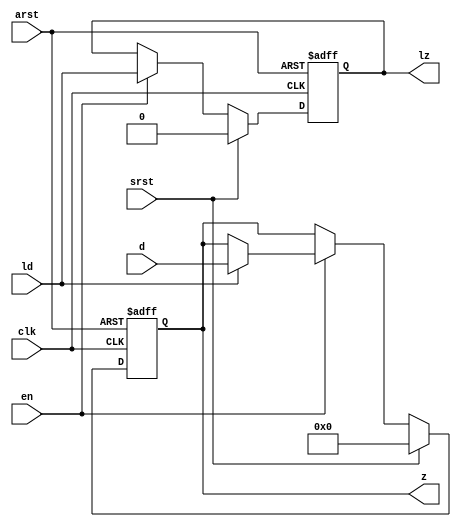
//------------------------------------------------------------------

module mgc_out_reg_pos (clk, en, arst, srst, ld, d, lz, z);

    parameter integer rscid   = 1;
    parameter integer width   = 8;
    parameter         ph_en   =  1'b1;
    parameter         ph_arst =  1'b1;
    parameter         ph_srst =  1'b1;

    input              clk;
    input              en;
    input              arst;
    input              srst;
    input              ld;
    input  [width-1:0] d;
    output             lz;
    output [width-1:0] z;

    reg                lz;
    reg    [width-1:0] z;

    generate
    if (ph_arst == 1'b0)
    begin: NEG_ARST
        always @(posedge clk or negedge arst)
        if (arst == 1'b0)
        begin: B1
            lz <= 1'b0;
            z  <= {width{1'b0}};
        end
        else if (srst == ph_srst)
        begin: B2
            lz <= 1'b0;
            z  <= {width{1'b0}};
        end
        else if (en == ph_en)
        begin: B3
            lz <= ld;
            z  <= (ld) ? d : z;
        end
    end
    else
    begin: POS_ARST
        always @(posedge clk or posedge arst)
        if (arst == 1'b1)
        begin: B1
            lz <= 1'b0;
            z  <= {width{1'b0}};
        end
        else if (srst == ph_srst)
        begin: B2
            lz <= 1'b0;
            z  <= {width{1'b0}};
        end
        else if (en == ph_en)
        begin: B3
            lz <= ld;
            z  <= (ld) ? d : z;
        end
    end
    endgenerate

endmodule

//------------------------------------------------------------------

module mgc_out_reg_neg (clk, en, arst, srst, ld, d, lz, z);

    parameter integer rscid   = 1;
    parameter integer width   = 8;
    parameter         ph_en   =  1'b1;
    parameter         ph_arst =  1'b1;
    parameter         ph_srst =  1'b1;

    input              clk;
    input              en;
    input              arst;
    input              srst;
    input              ld;
    input  [width-1:0] d;
    output             lz;
    output [width-1:0] z;

    reg                lz;
    reg    [width-1:0] z;

    generate
    if (ph_arst == 1'b0)
    begin: NEG_ARST
        always @(negedge clk or negedge arst)
        if (arst == 1'b0)
        begin: B1
            lz <= 1'b0;
            z  <= {width{1'b0}};
        end
        else if (srst == ph_srst)
        begin: B2
            lz <= 1'b0;
            z  <= {width{1'b0}};
        end
        else if (en == ph_en)
        begin: B3
            lz <= ld;
            z  <= (ld) ? d : z;
        end
    end
    else
    begin: POS_ARST
        always @(negedge clk or posedge arst)
        if (arst == 1'b1)
        begin: B1
            lz <= 1'b0;
            z  <= {width{1'b0}};
        end
        else if (srst == ph_srst)
        begin: B2
            lz <= 1'b0;
            z  <= {width{1'b0}};
        end
        else if (en == ph_en)
        begin: B3
            lz <= ld;
            z  <= (ld) ? d : z;
        end
    end
    endgenerate

endmodule

//------------------------------------------------------------------

module mgc_out_reg (clk, en, arst, srst, ld, d, lz, z); // Not Supported

    parameter integer rscid   = 1;
    parameter integer width   = 8;
    parameter         ph_clk  =  1'b1;
    parameter         ph_en   =  1'b1;
    parameter         ph_arst =  1'b1;
    parameter         ph_srst =  1'b1;

    input              clk;
    input              en;
    input              arst;
    input              srst;
    input              ld;
    input  [width-1:0] d;
    output             lz;
    output [width-1:0] z;


    generate
    if (ph_clk == 1'b0)
    begin: NEG_EDGE

        mgc_out_reg_neg
        #(
            .rscid   (rscid),
            .width   (width),
            .ph_en   (ph_en),
            .ph_arst (ph_arst),
            .ph_srst (ph_srst)
        )
        mgc_out_reg_neg_inst
        (
            .clk     (clk),
            .en      (en),
            .arst    (arst),
            .srst    (srst),
            .ld      (ld),
            .d       (d),
            .lz      (lz),
            .z       (z)
        );

    end
    else
    begin: POS_EDGE

        mgc_out_reg_pos
        #(
            .rscid   (rscid),
            .width   (width),
            .ph_en   (ph_en),
            .ph_arst (ph_arst),
            .ph_srst (ph_srst)
        )
        mgc_out_reg_pos_inst
        (
            .clk     (clk),
            .en      (en),
            .arst    (arst),
            .srst    (srst),
            .ld      (ld),
            .d       (d),
            .lz      (lz),
            .z       (z)
        );

    end
    endgenerate

endmodule




//------------------------------------------------------------------

module mgc_out_buf_wait (clk, en, arst, srst, ld, vd, d, vz, lz, z); // Not supported

    parameter integer rscid   = 1;
    parameter integer width   = 8;
    parameter         ph_clk  =  1'b1;
    parameter         ph_en   =  1'b1;
    parameter         ph_arst =  1'b1;
    parameter         ph_srst =  1'b1;

    input              clk;
    input              en;
    input              arst;
    input              srst;
    input              ld;
    output             vd;
    input  [width-1:0] d;
    output             lz;
    input              vz;
    output [width-1:0] z;

    wire               filled;
    wire               filled_next;
    wire   [width-1:0] abuf;
    wire               lbuf;


    assign filled_next = (filled & (~vz)) | (filled & ld) | (ld & (~vz));

    assign lbuf = ld & ~(filled ^ vz);

    assign vd = vz | ~filled;

    assign lz = ld | filled;

    assign z = (filled) ? abuf : d;

    wire dummy;
    wire dummy_bufreg_lz;

    // Output registers:
    mgc_out_reg
    #(
        .rscid   (rscid),
        .width   (1'b1),
        .ph_clk  (ph_clk),
        .ph_en   (ph_en),
        .ph_arst (ph_arst),
        .ph_srst (ph_srst)
    )
    STATREG
    (
        .clk     (clk),
        .en      (en),
        .arst    (arst),
        .srst    (srst),
        .ld      (filled_next),
        .d       (1'b0),       // input d is unused
        .lz      (filled),
        .z       (dummy)            // output z is unused
    );

    mgc_out_reg
    #(
        .rscid   (rscid),
        .width   (width),
        .ph_clk  (ph_clk),
        .ph_en   (ph_en),
        .ph_arst (ph_arst),
        .ph_srst (ph_srst)
    )
    BUFREG
    (
        .clk     (clk),
        .en      (en),
        .arst    (arst),
        .srst    (srst),
        .ld      (lbuf),
        .d       (d),
        .lz      (dummy_bufreg_lz),
        .z       (abuf)
    );

endmodule

//------------------------------------------------------------------

module mgc_out_fifo_wait (clk, en, arst, srst, ld, vd, d, lz, vz,  z);

    parameter integer rscid   = 0; // resource ID
    parameter integer width   = 8; // fifo width
    parameter integer fifo_sz = 8; // fifo depth
    parameter         ph_clk  = 1'b1; // clock polarity 1=rising edge, 0=falling edge
    parameter         ph_en   = 1'b1; // clock enable polarity
    parameter         ph_arst = 1'b1; // async reset polarity
    parameter         ph_srst = 1'b1; // sync reset polarity
    parameter integer ph_log2 = 3; // log2(fifo_sz)
    parameter integer pwropt  = 0; // pwropt


    input                 clk;
    input                 en;
    input                 arst;
    input                 srst;
    input                 ld;    // load data
    output                vd;    // fifo full active low
    input     [width-1:0] d;
    output                lz;    // fifo ready to send
    input                 vz;    // dest ready for data
    output    [width-1:0] z;

    wire    [31:0]      size;


      // Output registers:
 mgc_out_fifo_wait_core#(
        .rscid   (rscid),
        .width   (width),
        .sz_width (32),
        .fifo_sz (fifo_sz),
        .ph_clk  (ph_clk),
        .ph_en   (ph_en),
        .ph_arst (ph_arst),
        .ph_srst (ph_srst),
        .ph_log2 (ph_log2),
        .pwropt  (pwropt)
        ) CORE (
        .clk (clk),
        .en (en),
        .arst (arst),
        .srst (srst),
        .ld (ld),
        .vd (vd),
        .d (d),
        .lz (lz),
        .vz (vz),
        .z (z),
        .size (size)
        );

endmodule



module mgc_out_fifo_wait_core (clk, en, arst, srst, ld, vd, d, lz, vz,  z, size);

    parameter integer rscid   = 0; // resource ID
    parameter integer width   = 8; // fifo width
    parameter integer sz_width = 8; // size of port for elements in fifo
    parameter integer fifo_sz = 8; // fifo depth
    parameter         ph_clk  =  1'b1; // clock polarity 1=rising edge, 0=falling edge
    parameter         ph_en   =  1'b1; // clock enable polarity
    parameter         ph_arst =  1'b1; // async reset polarity
    parameter         ph_srst =  1'b1; // sync reset polarity
    parameter integer ph_log2 = 3; // log2(fifo_sz)
    parameter integer pwropt  = 0; // pwropt

   localparam integer  fifo_b = width * fifo_sz;

    input                 clk;
    input                 en;
    input                 arst;
    input                 srst;
    input                 ld;    // load data
    output                vd;    // fifo full active low
    input     [width-1:0] d;
    output                lz;    // fifo ready to send
    input                 vz;    // dest ready for data
    output    [width-1:0] z;
    output    [sz_width-1:0]      size;

    reg      [( (fifo_sz > 0) ? fifo_sz : 1)-1:0] stat_pre;
    wire     [( (fifo_sz > 0) ? fifo_sz : 1)-1:0] stat;
    reg      [( (fifo_b > 0) ? fifo_b : 1)-1:0] buff_pre;
    wire     [( (fifo_b > 0) ? fifo_b : 1)-1:0] buff;
    reg      [( (fifo_sz > 0) ? fifo_sz : 1)-1:0] en_l;
    reg      [(((fifo_sz > 0) ? fifo_sz : 1)-1)/8:0] en_l_s;

    reg       [width-1:0] buff_nxt;

    reg                   stat_nxt;
    reg                   stat_before;
    reg                   stat_after;
    reg                   en_l_var;

    integer               i;
    genvar                eni;

    wire [32:0]           size_t;
    reg [31:0]            count;
    reg [31:0]            count_t;
    reg [32:0]            n_elem;
// pragma translate_off
    reg [31:0]            peak;
// pragma translate_on

    wire [( (fifo_sz > 0) ? fifo_sz : 1)-1:0] dummy_statreg_lz;
    wire [( (fifo_b > 0) ? fifo_b : 1)-1:0] dummy_bufreg_lz;

    generate
    if ( fifo_sz > 0 )
    begin: FIFO_REG
      assign vd = vz | ~stat[0];
      assign lz = ld | stat[fifo_sz-1];
      assign size_t = (count - (vz && stat[fifo_sz-1])) + ld;
      assign size = size_t[sz_width-1:0];
      assign z = (stat[fifo_sz-1]) ? buff[fifo_b-1:width*(fifo_sz-1)] : d;

      always @(*)
      begin: FIFOPROC
        n_elem = 33'b0;
        for (i = fifo_sz-1; i >= 0; i = i - 1)
        begin
          if (i != 0)
            stat_before = stat[i-1];
          else
            stat_before = 1'b0;

          if (i != (fifo_sz-1))
            stat_after = stat[i+1];
          else
            stat_after = 1'b1;

          stat_nxt = stat_after &
                    (stat_before | (stat[i] & (~vz)) | (stat[i] & ld) | (ld & (~vz)));

          stat_pre[i] = stat_nxt;
          en_l_var = 1'b1;
          if (!stat_nxt)
            begin
              buff_nxt = {width{1'b0}};
              en_l_var = 1'b0;
            end
          else if (vz && stat_before)
            buff_nxt[0+:width] = buff[width*(i-1)+:width];
          else if (ld && !((vz && stat_before) || ((!vz) && stat[i])))
            buff_nxt = d;
          else
            begin
              if (pwropt == 0)
                buff_nxt[0+:width] = buff[width*i+:width];
              else
                buff_nxt = {width{1'b0}};
              en_l_var = 1'b0;
            end

          if (ph_en != 0)
            en_l[i] = en & en_l_var;
          else
            en_l[i] = en | ~en_l_var;

          buff_pre[width*i+:width] = buff_nxt[0+:width];

          if ((stat_after == 1'b1) && (stat[i] == 1'b0))
            n_elem = ($unsigned(fifo_sz) - 1) - i;
        end

        if (ph_en != 0)
          en_l_s[(((fifo_sz > 0) ? fifo_sz : 1)-1)/8] = 1'b1;
        else
          en_l_s[(((fifo_sz > 0) ? fifo_sz : 1)-1)/8] = 1'b0;

        for (i = fifo_sz-1; i >= 7; i = i - 1)
        begin
          if ((i%'d2) == 0)
          begin
            if (ph_en != 0)
              en_l_s[(i/8)-1] = en & (stat[i]|stat_pre[i-1]);
            else
              en_l_s[(i/8)-1] = en | ~(stat[i]|stat_pre[i-1]);
          end
        end

        if ( stat[fifo_sz-1] == 1'b0 )
          count_t = 32'b0;
        else if ( stat[0] == 1'b1 )
          count_t = { {(32-ph_log2){1'b0}}, fifo_sz};
        else
          count_t = n_elem[31:0];
        count = count_t;
// pragma translate_off
        if ( peak < count )
          peak = count;
// pragma translate_on
      end

      if (pwropt == 0)
      begin: NOCGFIFO
        // Output registers:
        mgc_out_reg
        #(
            .rscid   (rscid),
            .width   (fifo_sz),
            .ph_clk  (ph_clk),
            .ph_en   (ph_en),
            .ph_arst (ph_arst),
            .ph_srst (ph_srst)
        )
        STATREG
        (
            .clk     (clk),
            .en      (en),
            .arst    (arst),
            .srst    (srst),
            .ld      (1'b1),
            .d       (stat_pre),
            .lz      (dummy_statreg_lz[0]),
            .z       (stat)
        );
        mgc_out_reg
        #(
            .rscid   (rscid),
            .width   (fifo_b),
            .ph_clk  (ph_clk),
            .ph_en   (ph_en),
            .ph_arst (ph_arst),
            .ph_srst (ph_srst)
        )
        BUFREG
        (
            .clk     (clk),
            .en      (en),
            .arst    (arst),
            .srst    (srst),
            .ld      (1'b1),
            .d       (buff_pre),
            .lz      (dummy_bufreg_lz[0]),
            .z       (buff)
        );
      end
      else
      begin: CGFIFO
        // Output registers:
        if ( pwropt > 1)
        begin: CGSTATFIFO2
          for (eni = fifo_sz-1; eni >= 0; eni = eni - 1)
          begin: pwroptGEN1
            mgc_out_reg
            #(
              .rscid   (rscid),
              .width   (1),
              .ph_clk  (ph_clk),
              .ph_en   (ph_en),
              .ph_arst (ph_arst),
              .ph_srst (ph_srst)
            )
            STATREG
            (
              .clk     (clk),
              .en      (en_l_s[eni/8]),
              .arst    (arst),
              .srst    (srst),
              .ld      (1'b1),
              .d       (stat_pre[eni]),
              .lz      (dummy_statreg_lz[eni]),
              .z       (stat[eni])
            );
          end
        end
        else
        begin: CGSTATFIFO
          mgc_out_reg
          #(
            .rscid   (rscid),
            .width   (fifo_sz),
            .ph_clk  (ph_clk),
            .ph_en   (ph_en),
            .ph_arst (ph_arst),
            .ph_srst (ph_srst)
          )
          STATREG
          (
            .clk     (clk),
            .en      (en),
            .arst    (arst),
            .srst    (srst),
            .ld      (1'b1),
            .d       (stat_pre),
            .lz      (dummy_statreg_lz[0]),
            .z       (stat)
          );
        end
        for (eni = fifo_sz-1; eni >= 0; eni = eni - 1)
        begin: pwroptGEN2
          mgc_out_reg
          #(
            .rscid   (rscid),
            .width   (width),
            .ph_clk  (ph_clk),
            .ph_en   (ph_en),
            .ph_arst (ph_arst),
            .ph_srst (ph_srst)
          )
          BUFREG
          (
            .clk     (clk),
            .en      (en_l[eni]),
            .arst    (arst),
            .srst    (srst),
            .ld      (1'b1),
            .d       (buff_pre[width*eni+:width]),
            .lz      (dummy_bufreg_lz[eni]),
            .z       (buff[width*eni+:width])
          );
        end
      end
    end
    else
    begin: FEED_THRU
      assign vd = vz;
      assign lz = ld;
      assign z = d;
      assign size = ld && !vz;
    end
    endgenerate

endmodule

//------------------------------------------------------------------
//-- PIPE ENTITIES
//------------------------------------------------------------------
/*
 *
 *             _______________________________________________
 * WRITER    |                                               |          READER
 *           |           MGC_PIPE                            |
 *           |           __________________________          |
 *        --<| vdout  --<| vd ---------------  vz<|-----ldin<|---
 *           |           |      FIFO              |          |
 *        ---|>ldout  ---|>ld ---------------- lz |> ---vdin |>--
 *        ---|>dout -----|>d  ---------------- dz |> ----din |>--
 *           |           |________________________|          |
 *           |_______________________________________________|
 */
// two clock pipe
module mgc_pipe (clk, en, arst, srst, ldin, vdin, din, ldout, vdout, dout, size, req_size);

    parameter integer rscid   = 0; // resource ID
    parameter integer width   = 8; // fifo width
    parameter integer sz_width = 8; // width of size of elements in fifo
    parameter integer fifo_sz = 8; // fifo depth
    parameter integer log2_sz = 3; // log2(fifo_sz)
    parameter         ph_clk  = 1'b1;  // clock polarity 1=rising edge, 0=falling edge
    parameter         ph_en   = 1'b1;  // clock enable polarity
    parameter         ph_arst = 1'b1;  // async reset polarity
    parameter         ph_srst = 1'b1;  // sync reset polarity
    parameter integer pwropt  = 0; // pwropt

    input              clk;
    input              en;
    input              arst;
    input              srst;
    input              ldin;
    output             vdin;
    output [width-1:0] din;
    input              ldout;
    output             vdout;
    input  [width-1:0] dout;
    output [sz_width-1:0]      size;
    input              req_size;


    mgc_out_fifo_wait_core
    #(
        .rscid    (rscid),
        .width    (width),
        .sz_width (sz_width),
        .fifo_sz  (fifo_sz),
        .ph_clk   (ph_clk),
        .ph_en    (ph_en),
        .ph_arst  (ph_arst),
        .ph_srst  (ph_srst),
        .ph_log2  (log2_sz),
        .pwropt   (pwropt)
    )
    FIFO
    (
        .clk     (clk),
        .en      (en),
        .arst    (arst),
        .srst    (srst),
        .ld      (ldout),
        .vd      (vdout),
        .d       (dout),
        .lz      (vdin),
        .vz      (ldin),
        .z       (din),
        .size    (size)
    );

endmodule